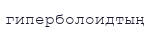
гиперболоидтың